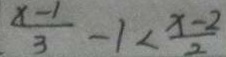
\frac { x - 1 } { 3 } - 1 < \frac { x - 2 } { 2 }